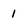
Character: 1